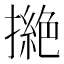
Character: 撧